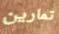
تمارين